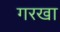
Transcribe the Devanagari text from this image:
गरखा